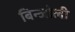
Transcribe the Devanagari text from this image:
बिन्जोली